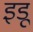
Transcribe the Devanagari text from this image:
इडू